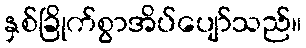
နှစ်ခြိုက်စွာအိပ်ပျော်သည်။